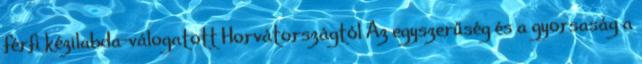
férfi kézilabda-válogatott Horvátországtól Az egyszerűség és a gyorsaság a